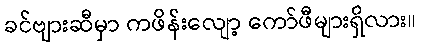
ခင်ဗျားဆီမှာ ကဖိန်းလျော့ ကော်ဖီများရှိလား။